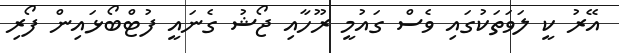
އޭރު ކީ ލަވަތަކުގައި ވެސް ގައުމީ ރޫހާއި ޖޯޝު ގެނައީ ފުޓްބޯޅައިން ފޯރި